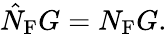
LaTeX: \hat{N}_{\mathrm{F}}G=N_{\mathrm{F}}G.